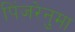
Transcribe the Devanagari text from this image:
पिंजरेनुमा